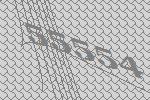
55554